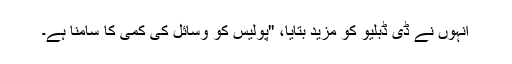
انہوں نے ڈی ڈبلیو کو مزید بتایا، ''پولیس کو وسائل کی کمی کا سامنا ہے۔